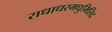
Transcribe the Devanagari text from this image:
राधाधरमधुमिलिंद